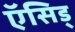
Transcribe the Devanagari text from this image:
ऍसिड्